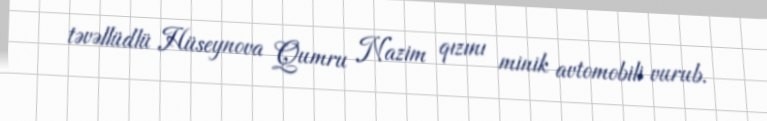
təvəllüdlü Hüseynova Qumru Nazim qızını minik avtomobili vurub.